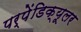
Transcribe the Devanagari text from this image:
पर्पेंडिक्यूलर